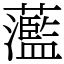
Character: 蘫